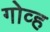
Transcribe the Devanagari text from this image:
गोव्ह